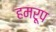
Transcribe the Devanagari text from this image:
हमरूप